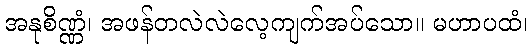
အနုစိဏ္ဏံ၊ အဖန်တလဲလဲလေ့ကျက်အပ်သော။ မဟာပထံ၊